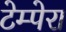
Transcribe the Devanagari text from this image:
टेम्पेरा